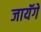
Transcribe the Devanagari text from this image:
जायॅगे